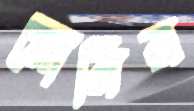
মোরির